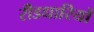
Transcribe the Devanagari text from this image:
रीडधारियों